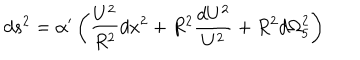
LaTeX: d s ^ { 2 } = { \alpha } ^ { \prime } \left( { \frac { U ^ { 2 } } { R ^ { 2 } } } d x ^ { 2 } + R ^ { 2 } { \frac { d U ^ { 2 } } { U ^ { 2 } } } + R ^ { 2 } d { \Omega } _ { 5 } ^ { 2 } \right)